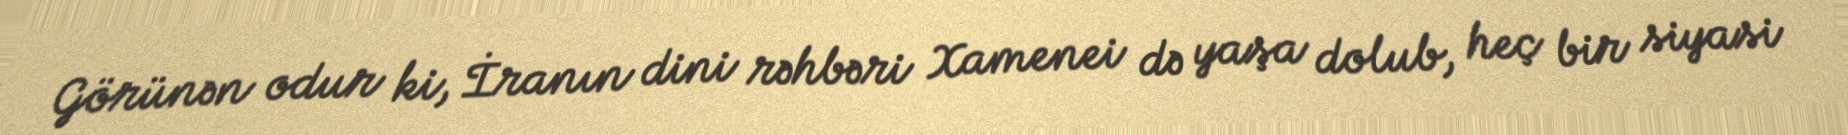
Görünən odur ki, İranın dini rəhbəri Xamenei də yaşa dolub, heç bir siyasi